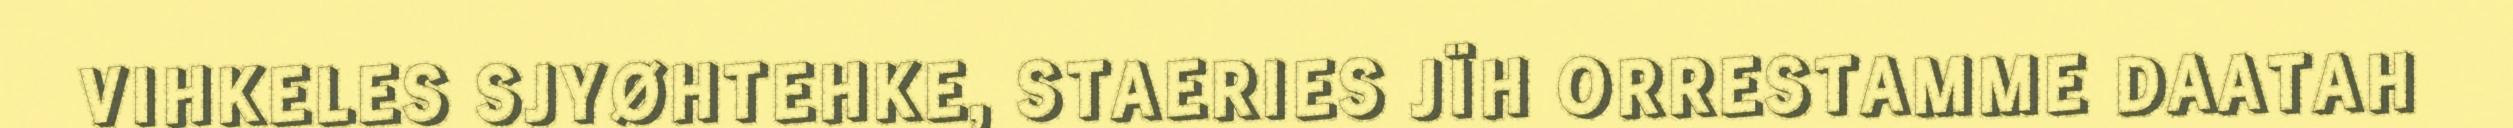
VIHKELES SJYØHTEHKE, STAERIES JÏH ORRESTAMME DAATAH